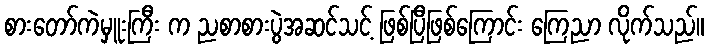
စားတော်ကဲမှူးကြီး က ညစာစားပွဲအဆင်သင့် ဖြစ်ပြီဖြစ်ကြောင်း ကြေညာ လိုက်သည်။